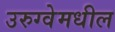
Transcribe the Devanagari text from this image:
उरुग्वेमधील